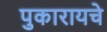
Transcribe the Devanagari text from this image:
पुकारायचे